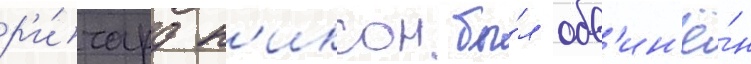
р'и́чард н'иксон бы́л обв'ин'ё́н